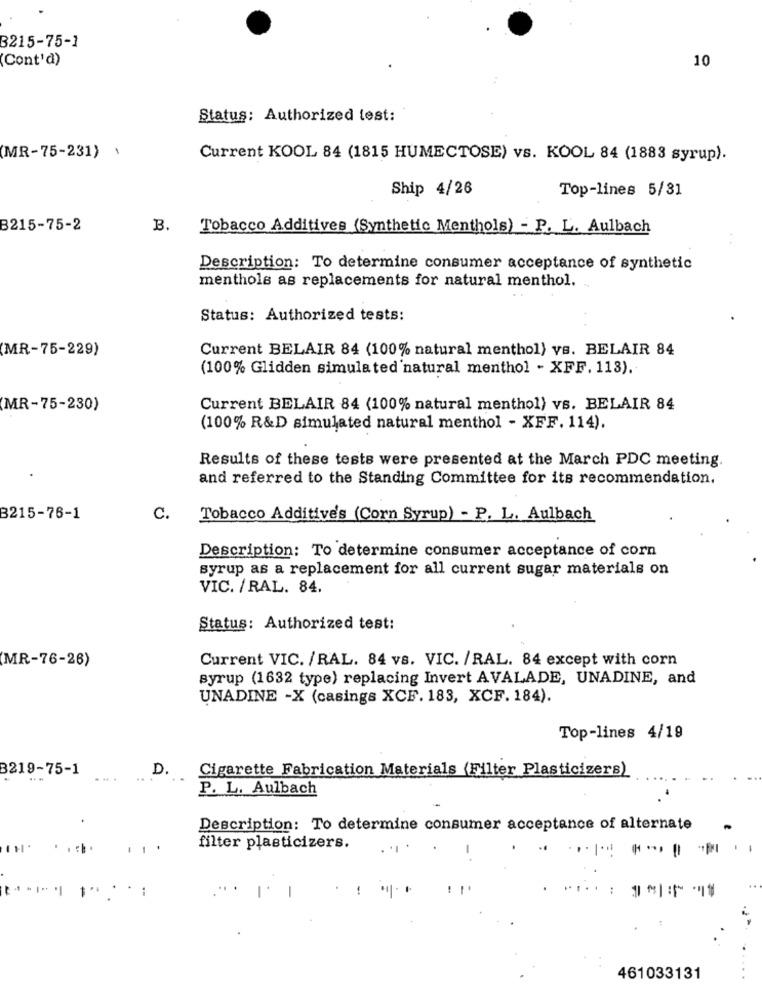
3215-75-1
Cont'd)
10
Status: Authorized test:
(MR-75-231) '
Current KOOL 84 (1815 HUMECTOSE) vs. KOOL 84 (1883 syrup).
Ship 4/26
Top-lines 5/31
B215-75-2
B.
Tobacco Additives (Synthetic Menthols) - P. L. Aulbach
Description: To determine consumer acceptance of synthetic
menthols as replacements for natural menthol.
Status: Authorized tests:
(MR-75-229)
Current BELAIR 84 (100% natural menthol) vs. BELAIR 84
(100% Glidden simula ted natural menthol - XFF. 113).
(MR-75-230)
Current BELAIR 84 (100% natural menthol) vs. BELAIR 84
(100% R&D simulated natural menthol - XFF. 114).
Results of these tests were presented at the March PDC meeting.
and referred to the Standing Committee for its recommendation.
B215-76-1
C.
Tobacco Additive's (Corn Syrup) - P. L. Aulbach
Description: To determine consumer acceptance of corn
syrup as a replacement for all current sugar materials on
VIC. / RAL. 84.
Status: Authorized test:
(MR-76-26)
Current VIC. /RAL. 84 vs. VIC. /RAL. 84 except with corn
syrup (1632 type) replacing Invert AVALADE, UNADINE, and
UNADINE -X (casings XCF. 183, XCF. 184).
Top-lines 4/19
8219-75-1
D.
Cigarette Fabrication Materials (Filter Plasticizers)
.... .
...
P. L. Aulbach
Description: To determine consumer acceptance of alternate
1
filter plasticizers.
-
461033131